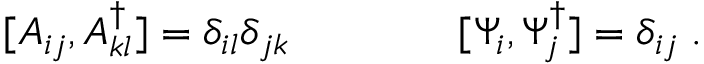
[ A _ { i j } , A _ { k l } ^ { \dagger } ] = \delta _ { i l } \delta _ { j k } \qquad \qquad [ \Psi _ { i } , \Psi _ { j } ^ { \dagger } ] = \delta _ { i j } \; .